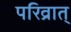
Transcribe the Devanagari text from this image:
परिव्रात्